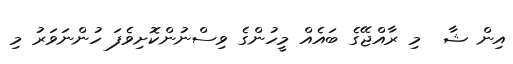
އިން ޝާ  މި ރާއްޖޭގެ ބައެއް މީހުންގެ ވިސްނުންކޮށިވެފަ ހުންނަވަރު މި